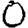
Digit: 0